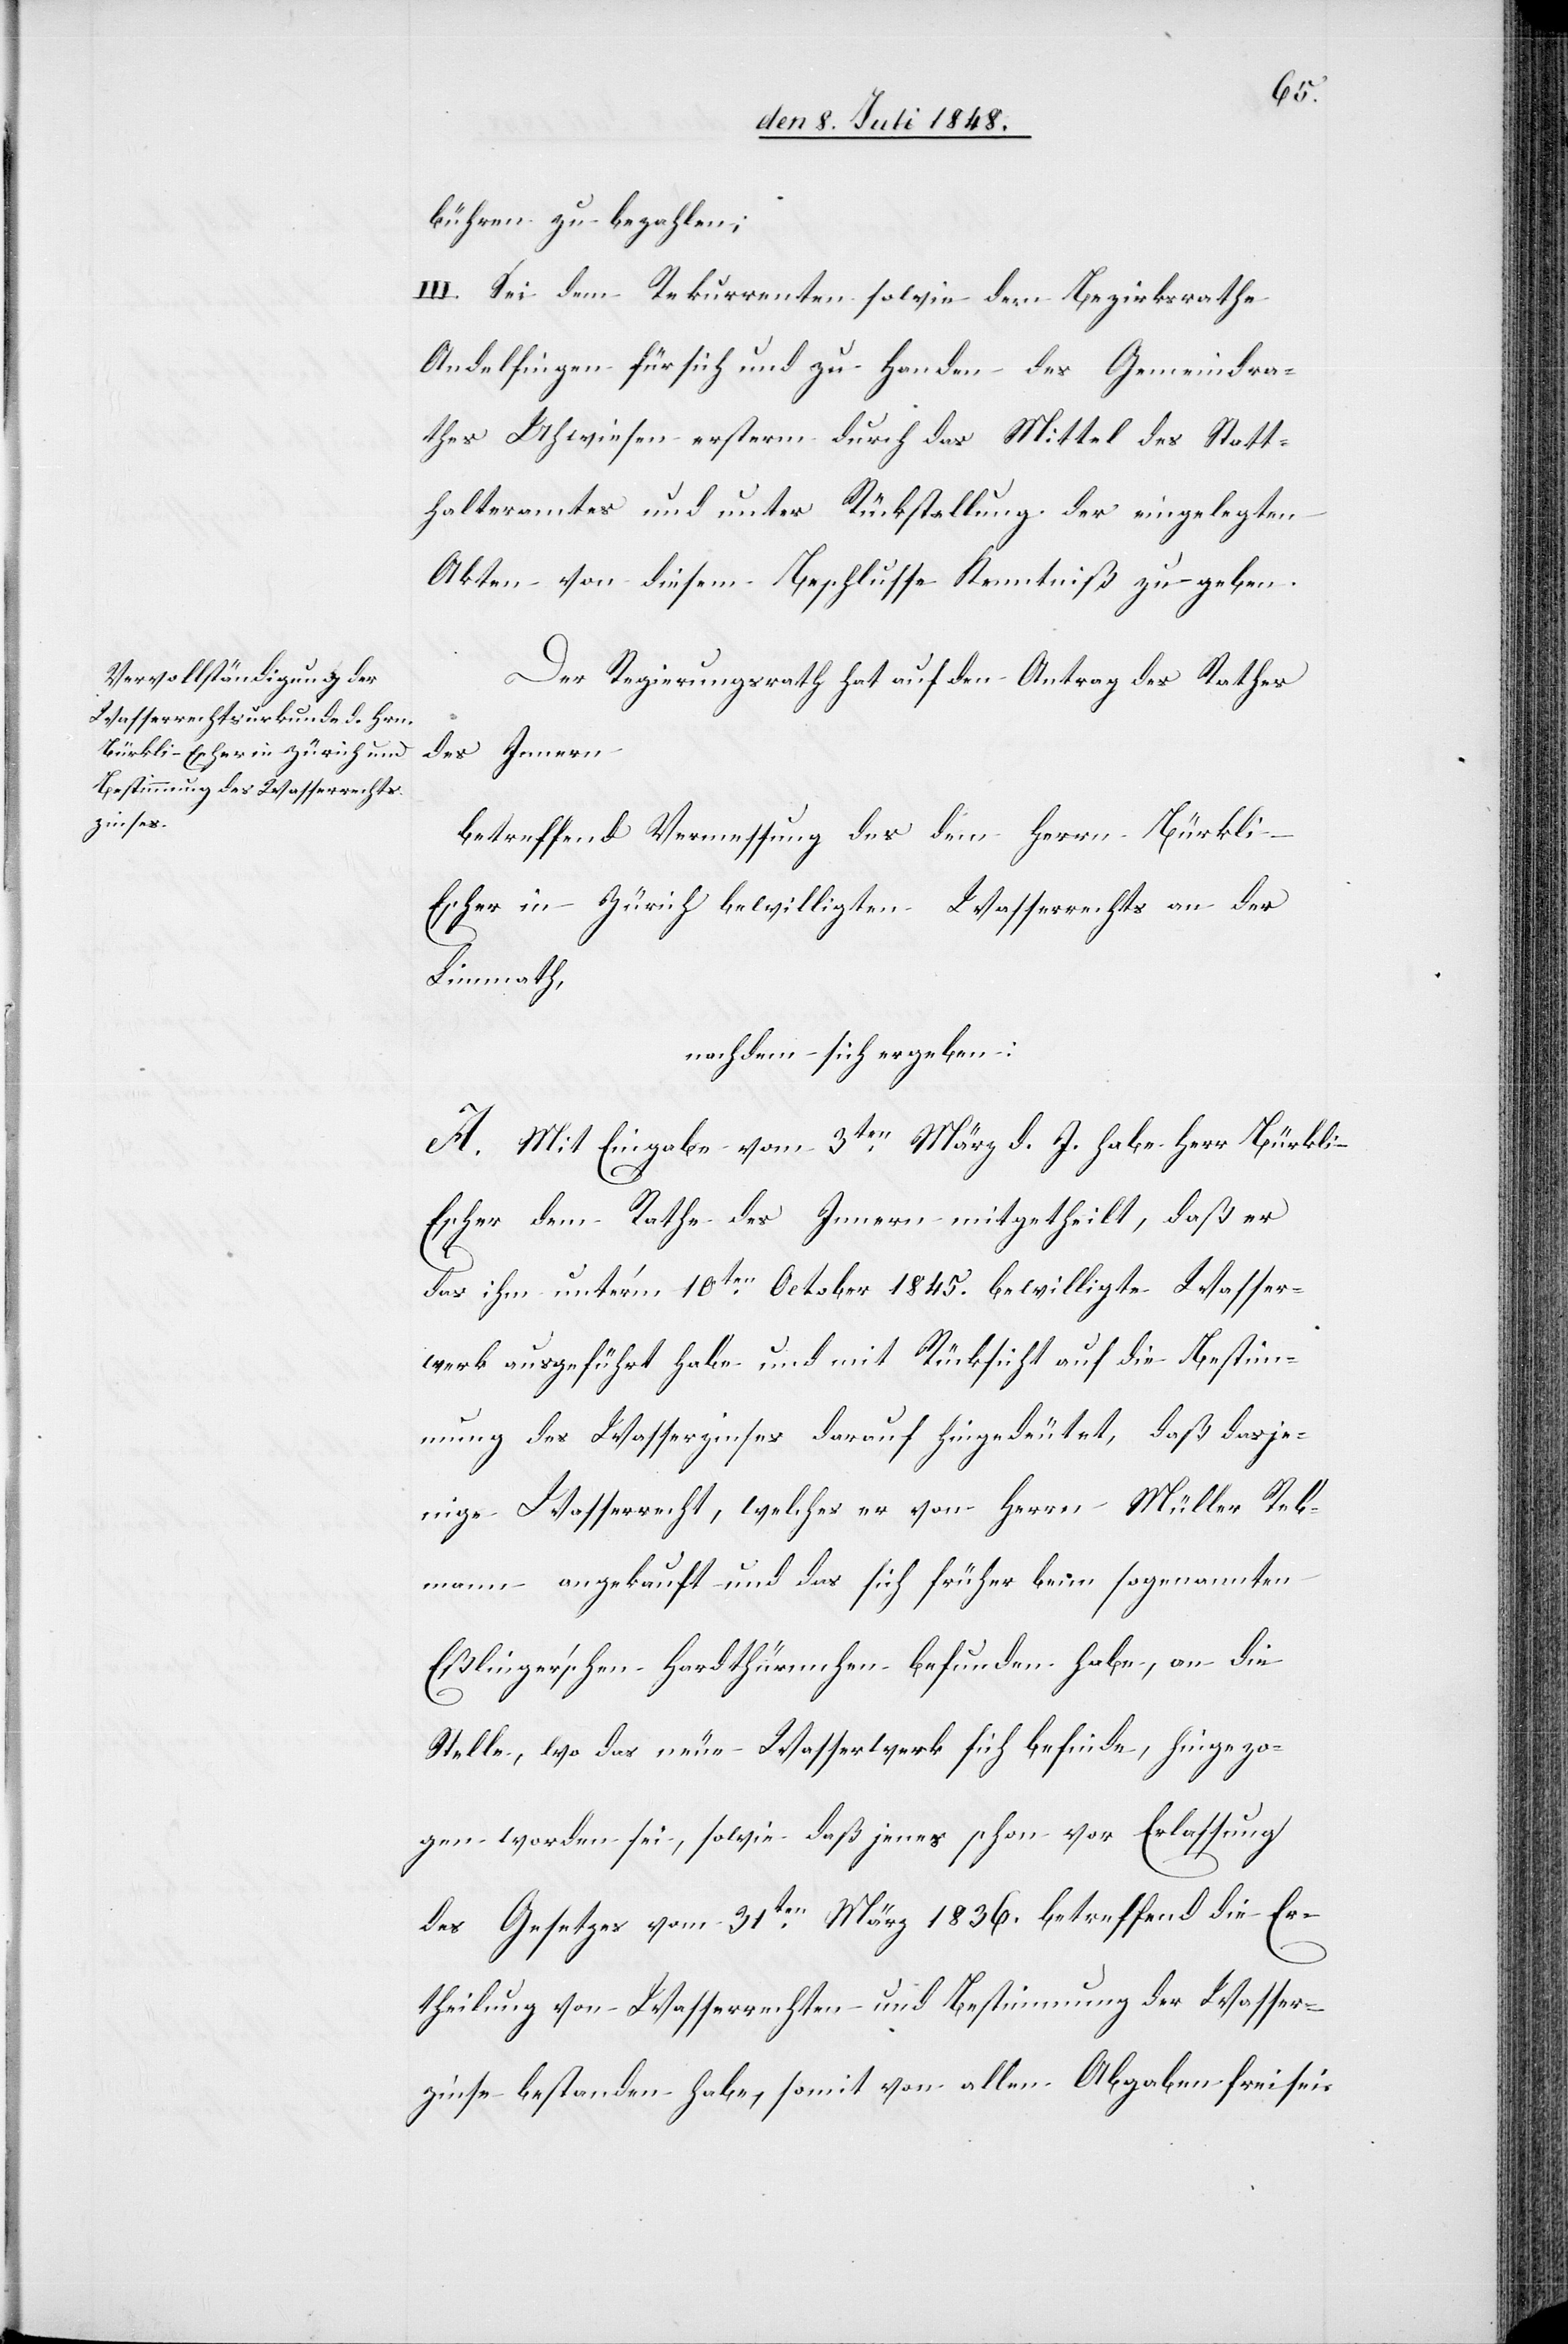
bühren zu bezahlen;
III. Sei dem Rekurrenten sowie dem Bezirksrathe
Andelfingen für sich und zu Handen des Gemeindra¬
thes Uhwiesen ersterm durch das Mittel des Statt¬
halteramtes und unter Rückstellung der eingelegten
Akten von diesem Beschlusse Kenntniß zu geben.
Der Regierungsrath hat auf den Antrag des Rathes
des Innern
betreffend Vermessung des den Herrn Bürkl¬
i-Escher in Zürich bewilligten Wasserrechts an der
Limmath
nachdem sich ergeben:
A. Mit Eingabe vom 3ten März d. J. habe Herr Bürkl¬
i-Escher dem Rathe des Innern mitgetheilt, daß er
das ihm unter’m 10ten October 1845. bewilligte Wasser¬
werk ausgeführt habe und mit Rücksicht auf die Bestimm¬
ung des Wasserzinses darauf hingedeutet, daß dasje¬
nige Wasserrecht, welches er von Herrn Müller Reb¬
mann angekauft und das sich früher beim sogenannten
Eßlinger’schen Hardthürmchen befunden habe, an die
Stelle, wo das neue Wasserwerk sich befinde, hingezo¬
gen worden sei, sowie daß jenes schon vor Erlassung
des Gesetzes vom 31ten März 1836. betreffend die Er¬
theilung von Wasserrechten und Bestimmung der Wasser¬
zinse bestanden habe, somit von allen Abgaben frei sei.